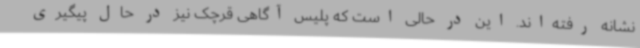
نشانه رفته‌اند. این در حالی است که پلیس آگاهی قرچک نیز در حال پیگیری